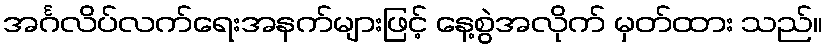
အင်္ဂလိပ်လက်ရေးအနက်များဖြင့် နေ့စွဲအလိုက် မှတ်ထား သည်။